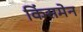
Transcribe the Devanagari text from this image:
किंसमेन